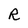
Character: R